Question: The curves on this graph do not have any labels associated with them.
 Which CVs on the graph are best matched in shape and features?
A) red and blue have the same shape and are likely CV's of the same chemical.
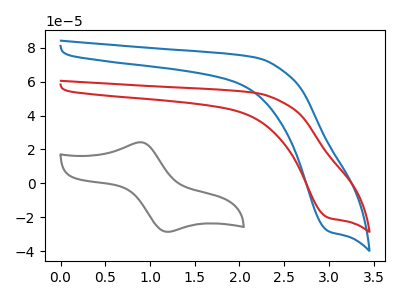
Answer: <think>The gray curve "gray" has an anodic peak at (0.90V, 24.30uA) and a cathodic peak at (1.20V, -28.60uA). The blue curve "blue" has a cathodic peak at: (3.00V, -28.20uA). The red curve "red" has a cathodic peak at: (3.00V, -20.30uA).
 "gray" and "blue" have a different number of peaks. "gray" and "red" have a different number of peaks. All the peaks in "blue" have a peak in "red" at the same potential. Every peak in "blue" is higher than every peak in "red".</think>
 <answer>A) "red" and "blue" have the same shape and are likely CV's of the same chemical.</answer>
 <eval>A</eval>